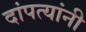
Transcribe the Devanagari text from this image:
दांपत्यांनी